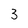
Character: 3